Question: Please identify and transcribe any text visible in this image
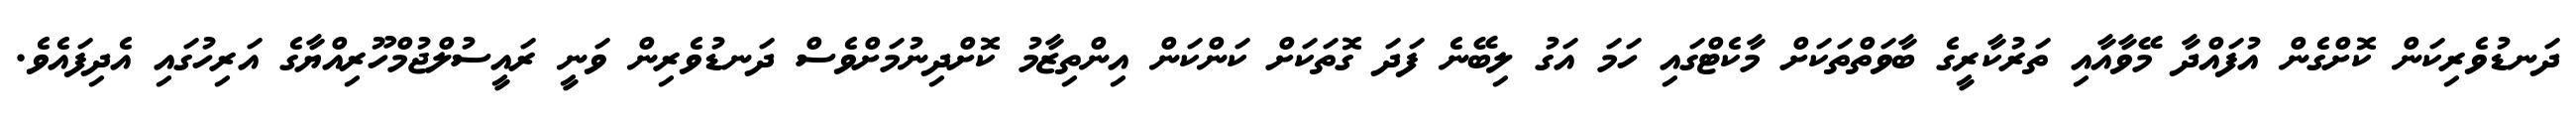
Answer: ދަނޑުވެރިކަން ކޮށްގެން އުފައްދާ މޭވާއާއި ތަރުކާރީގެ ބާވަތްތަކަށް މާކެޓްގައި ހަމަ އަގު ލިބޭނެ ފަދަ ގޮތަކަށް ކަންކަން އިންތިޒާމު ކޮށްދިނުމަށްވެސް ދަނޑުވެރިން ވަނީ ރައީސުލްޖުމްހޫރިއްޔާގެ އަރިހުގައި އެދިފައެވެ.